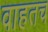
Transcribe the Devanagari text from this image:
वाहतच